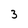
Character: 3